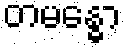
တမန္ဓော